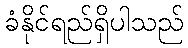
ခံနိုင်ရည်ရှိပါသည်